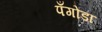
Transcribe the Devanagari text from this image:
पँगोडा